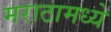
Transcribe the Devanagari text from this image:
मराठामध्ये